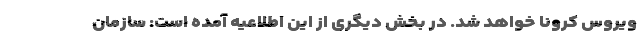
ویروس کرونا خواهد شد. در بخش دیگری از این اطلاعیه آمده است: سازمان